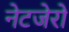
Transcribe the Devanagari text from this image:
नेटजेरो